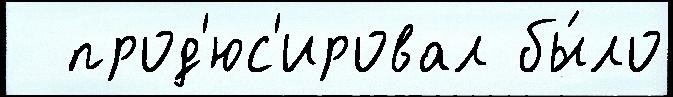
  прод'юс'ировал бы́ло